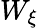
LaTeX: W_{\xi}